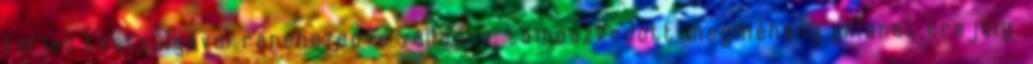
teljes testsúlyával ránehezedve válladra, támaszkodott meg néhány pillanat erejéig.